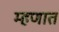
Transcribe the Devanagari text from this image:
म्हणात